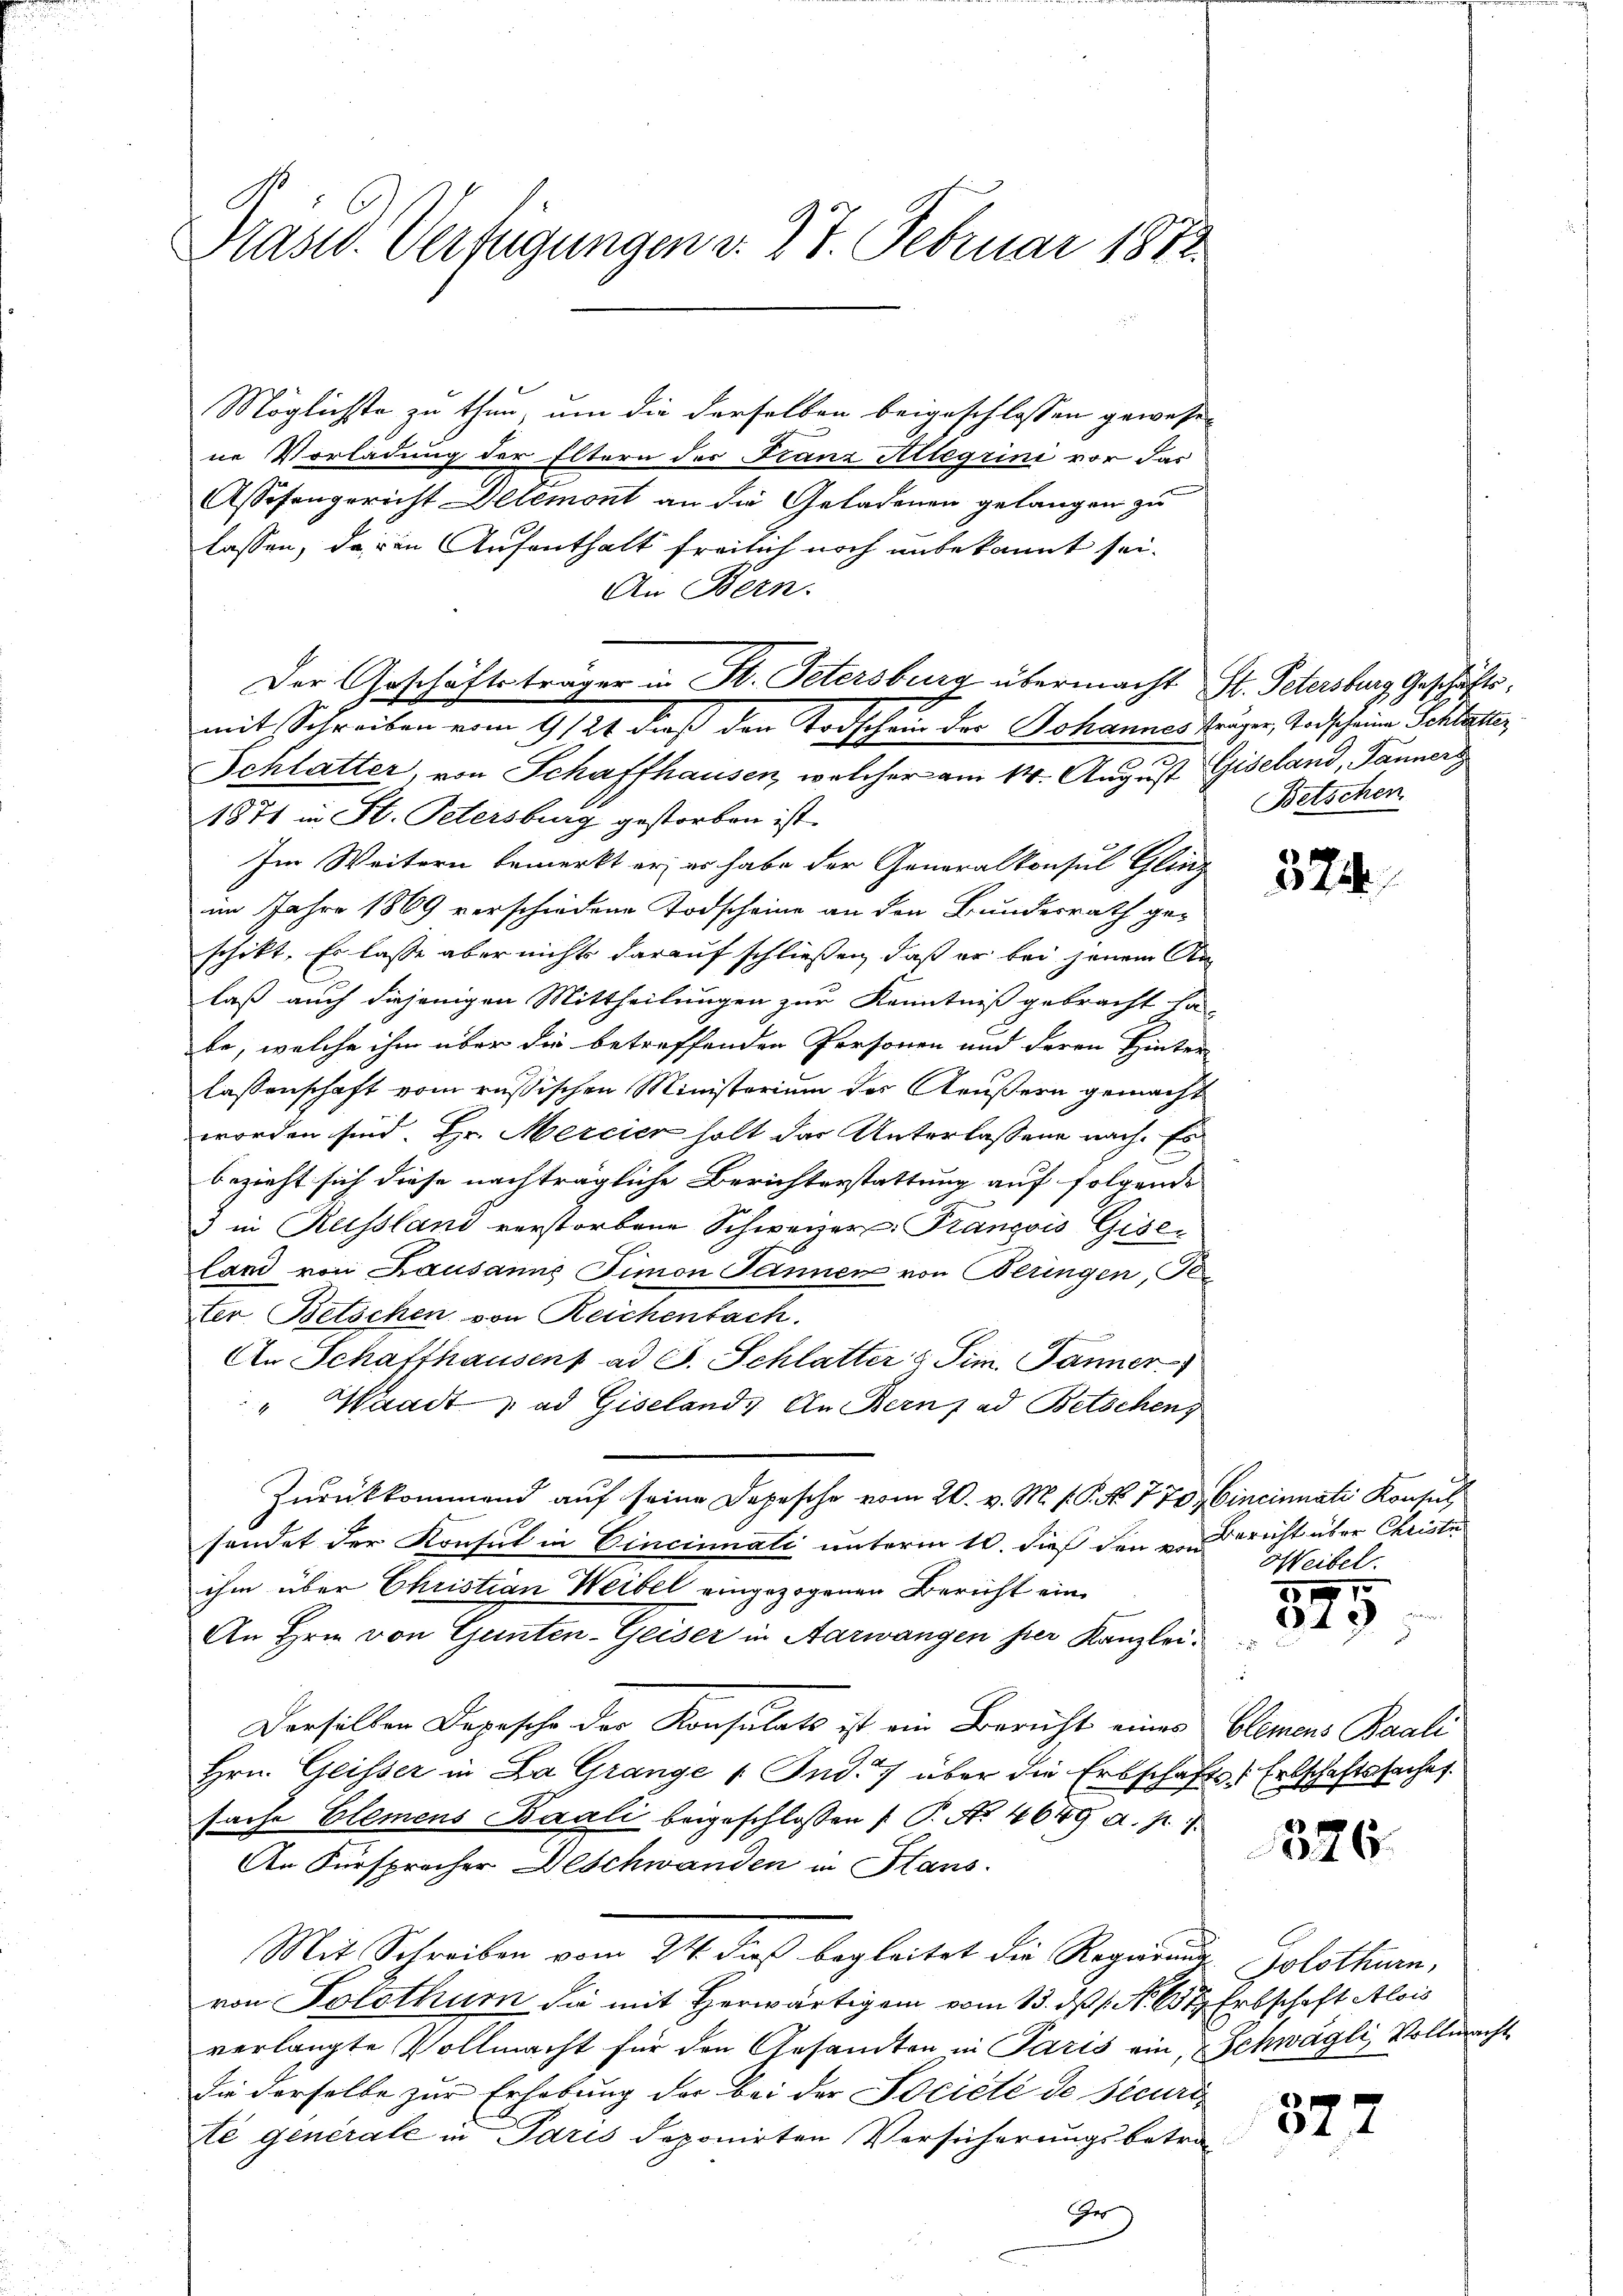
Prast. Verfügungen d. 27. Februar 1872

Möglichste zu thun, um die derselben beigeschlossen gewesen
ne Vorladung der Eltern der Franz Allerini vor das
Assesengericht Allemont an die Geladenen gelangen zu
lassen, da von Aufenthalt freilich noch unbekannt sei.
An Bern.
Schlatter, von Schaffhausen, welcher am 14. August Giseland, Jänner
1871 in St. Petersburg gestorben ist.
Im Weitern bemerkt er, es habe der Generalkonsul Glinz
im Jahre 1869 verschiedene Todscheine an den Bundesrath ge-
schikt. Es lasse aber nichts darauf schließen, daß er bei jenem An
laß auch diejenigen Mittheilungen zur Kenntniß gebracht ha
be, welche ihm über die betreffenden Personen und deren Hinter
lassenschaft vom russischen Ministerium der Aeußern gemacht
worden sind. Hr. Mercier holt das Unterlassene nach. Es
bezieht sich diese nachträgliche Berichterstattung auf folgende
8
3 in Russland verstorbene Schweizer, François Giseland von Lausanne Simon Jannen von Beringen, Per
ter. Betschen von Reichenbach.
An Schaffhausens ad S. Schlatter Sim. Jänner
" Waadt & ad Giseland. In Berns ad Betschen,
Zurückkommend auf seine Depesche vom 20. v. M. P.P. No. 770 Cincinnati Konsul
sendet der Konsul in Cincinnati unterm 10. dieß den von Bericht über Christe
ihm über Christian Weibel eingezogenen Bericht ein
An Hrn. von Gunten-Geiser in Aarwangen hier Kanzlei-
Derselben Depesche der Konsulats ist ein Bericht eines Elemens Baali
Hrn. Gleisser in La Grange 1 Jud. 7 über die Erbschafts Erbschaftssaches.
sache Elemens Baali beigeschlossen ( P. Nr. 4649 a. p.)
An Fürspracher Beschwanden in Hans
Mit Schreiben vom 24. dieß begleitet die Regierung Solothurn,
von Solothur die mit Herwärtigen vom 13. ds 1. No. 6te Erbschaft Alois
verlangte Vollmacht für den Gesandten in Paris ein, Schwägli, Vollmacht
die derselbe zur Erhebung der bei der Société de securi
té generale in Paris deponirten Versicherungsbetra
Gr

Der Geschäftsträger in St. Petersburg übermacht St. Petersburg Geschäftsmit Schreiben vom 9/21. dieß den Todschein der Johannes fräger, Todscheine Schlatter

Betschen

524

Weibel.

3101
948

326

027